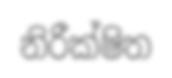
නිරීක්ෂිත